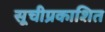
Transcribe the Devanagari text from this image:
सूचीप्रकाशित